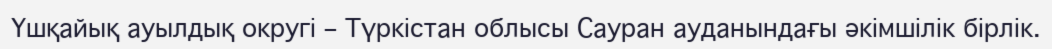
Үшқайық ауылдық округі – Түркістан облысы Сауран ауданындағы әкімшілік бірлік.